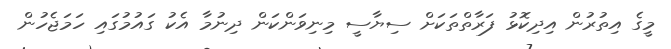
މީގެ އިތުރުން އިދިކޮޅު ފަރާތްތަކަށް ސިޔާސީ މިނިވަންކަން ދިނުމާ އެކު ގައުމުގައި ހަމަޖެހުން